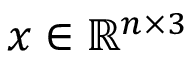
\boldsymbol { x } \in \mathbb { R } ^ { n \times 3 }